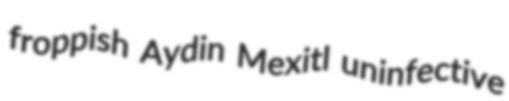
froppish Aydin Mexitl uninfective